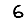
Digit: 6